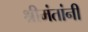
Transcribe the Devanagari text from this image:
श्रीमंतांनी